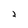
Character: 2